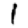
Digit: 1